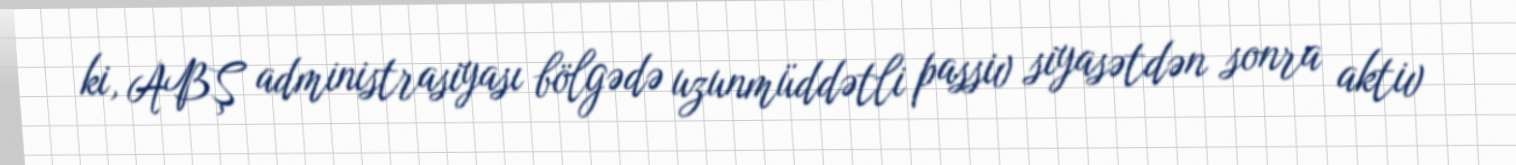
ki, ABŞ administrasiyası bölgədə uzunmüddətli passiv siyasətdən sonra aktiv